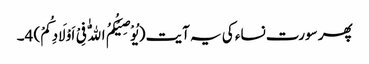
پھر سورت نساء کی یہ آیت (یُوْصِیْکُمُ اللّٰهُ فِیْ اَوْلَادِکُمْ) 4۔